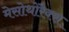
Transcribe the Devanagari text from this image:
मेसोथोरैक्स